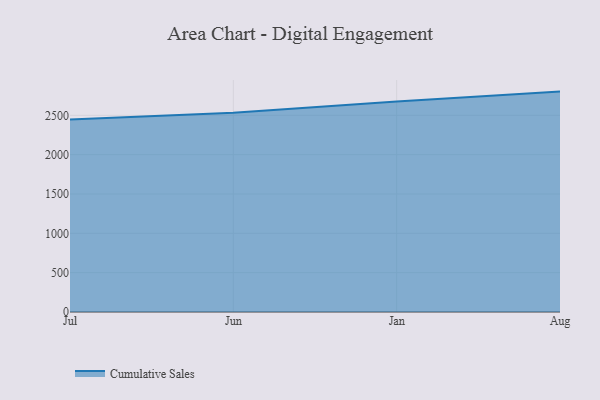
{"axis": {"x": "Month", "y": "Bounce Rate (%)"}, "legend": ["Cumulative Sales"], "data": [{"x": "Jul", "y": 2446.1, "type": "Cumulative Sales"}, {"x": "Jun", "y": 2533.3, "type": "Cumulative Sales"}, {"x": "Jan", "y": 2676.1, "type": "Cumulative Sales"}, {"x": "Aug", "y": 2801.7, "type": "Cumulative Sales"}]}